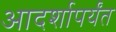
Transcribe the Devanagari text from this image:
आदर्शापर्यंत